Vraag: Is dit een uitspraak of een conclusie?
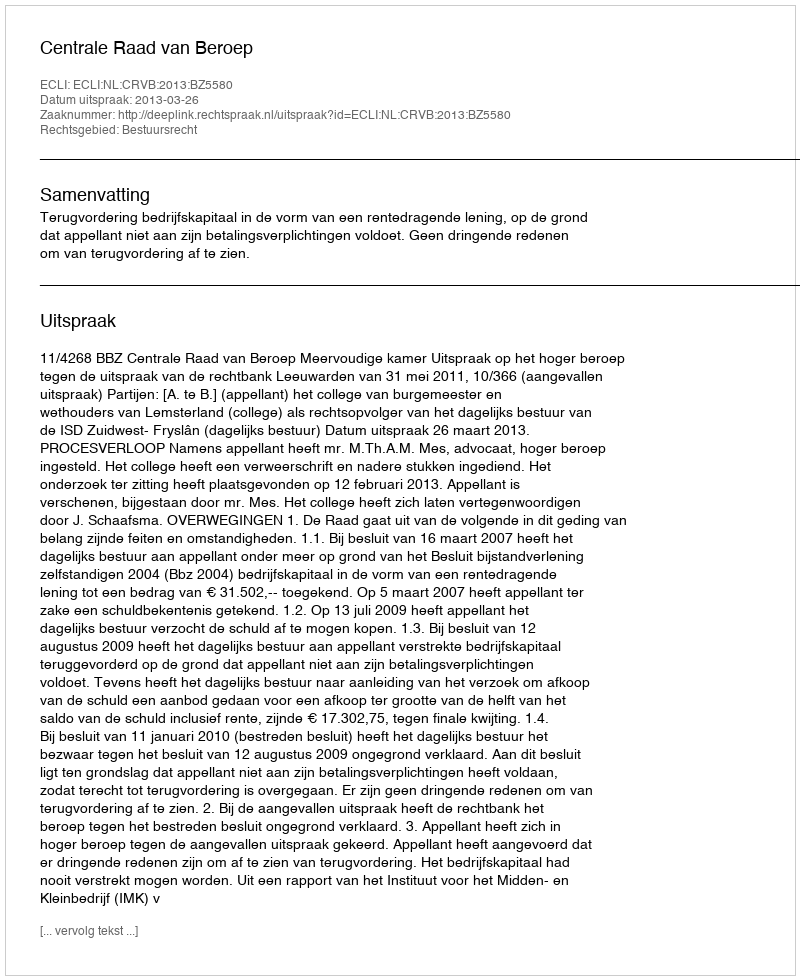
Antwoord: Uitspraak